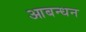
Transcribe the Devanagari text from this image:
आबन्धन